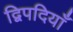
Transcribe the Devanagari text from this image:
द्विपदियाँ